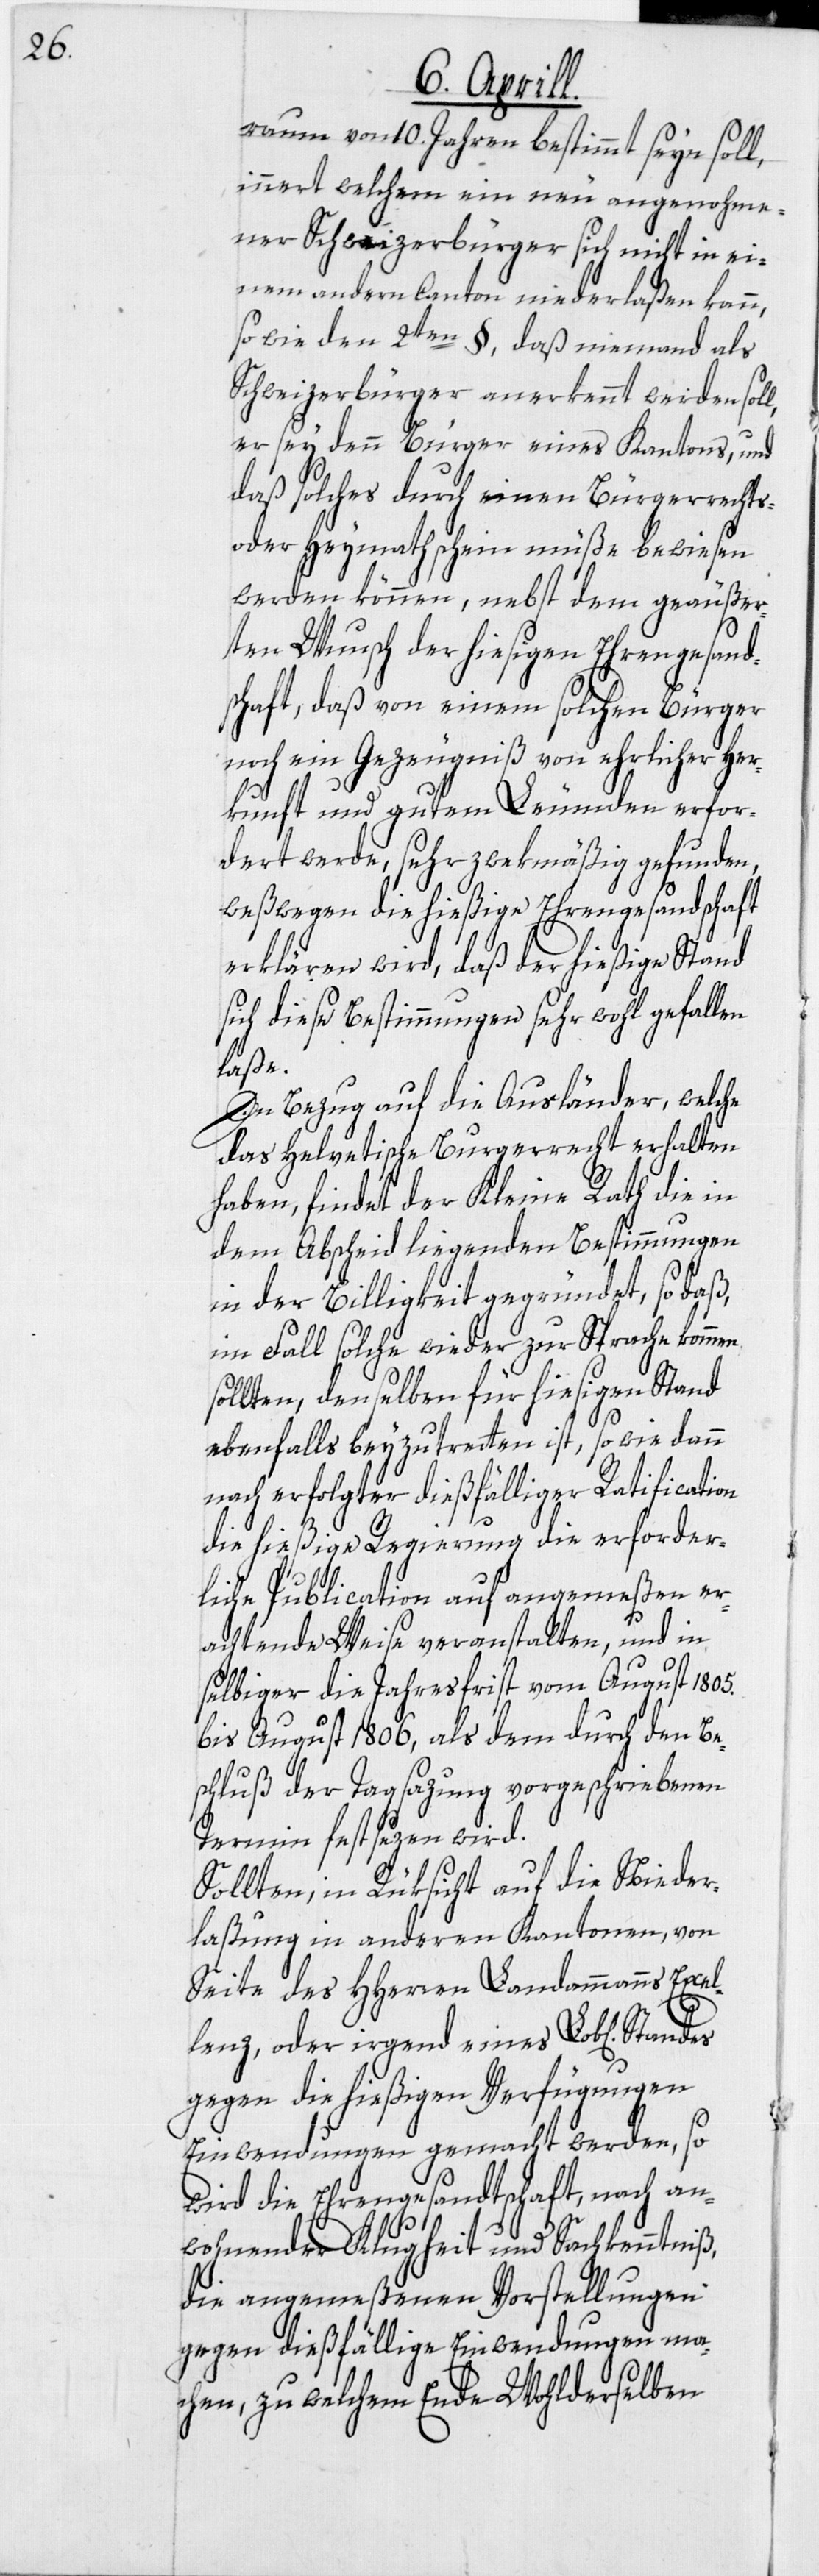
raum von 10. Jahren bestimmt seyn soll,
innert welchem ein neu angenohme¬
ner Schweizerbürger sich nicht in ei¬
nem andern Canton niederlaßen kann,
so wie den 2ten §, daß niemand als
Schweizerbürger anerkennt werden sol¬
er sey denn Bürger eines Kantons, und
daß solches durch einen Bürgerrechts-
oder Heymathschein müße bewiesen
werden können, nebst dem geäußer¬
ten Wunsch der hiesigen Ehrengesand¬
schaft, daß von einem solchen Bürger
noch ein Gezeugniß von ehrlicher Her¬
kunft und gutem Leumden erfor¬
dert werde, sehr zwekmäßig gefunden,
weßwegen die hießige Ehrengesandschaft
erklären wird, daß der hießige Stand
sich diese Bestimmungen sehr wohl gefallen
laße.
In Bezug auf die Ausländer, welche
das Helvetische Burgerrecht erhalten
haben, findet der Kleine Rath die in
dem Abscheid liegenden Bestimmungen
in der Billigkeit gegründet, so daß,
im Fall solche wieder zur Sprache kommen
sollten, denselben für hiesigen Stand
ebenfalls beyzutretten ist, so wie dann
nach erfolgter dießfälliger Ratification
die hießige Regierung die erforder¬
liche Publication auf angemeßen er¬
achtende Weise veranstalten, und in
selbiger die Jahresfrist vom August 1805.
bis August 1806, als dem durch den Be¬
schluß der Tagsazung vorgeschriebenen
Termin festsezen wird.
Sollten, in Rüksicht auf die Nieder¬
laßung in anderen Kantonen, von
Seite des HHerren Landammanns Excel¬
lenz, oder irgend eines Lob[lichen]
gegen die hießigen Verfügungen
Einwendungen gemacht werden, so
wird die Ehrengesandtschaft, nach an¬
l,
wohnender Klugheit und Sachkenntniß,
die angemeßenen Vorstellungen
gegen dießfällige Einwendungen ma¬
chen, zu welchem Ende Wohlderselben